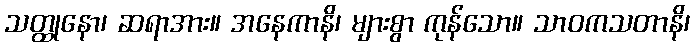
သတ္ထုနော၊ ဆရာအား။ အနေကာနိ၊ များစွာ ကုန်သော။ သာဝကသတာနိ၊